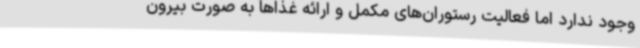
وجود ندارد اما فعالیت رستوران‌های مکمل و ارائه غذاها به صورت بیرون